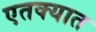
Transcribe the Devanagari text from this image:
एतक्यात